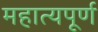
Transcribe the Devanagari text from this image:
महात्यपूर्ण